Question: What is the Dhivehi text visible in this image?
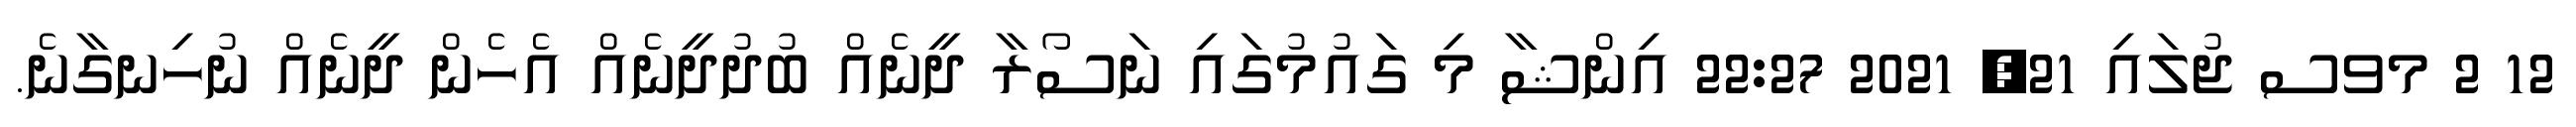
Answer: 12 2 މވސ ޖުލައި 21, 2021 22:27 އިންޝާ މި ގައުމުގައި ނަސޯރާ ދީނެއް ބުދުދީނެއް އެހެން ދީނެއް ނުހިނގާނެ.